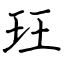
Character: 玨